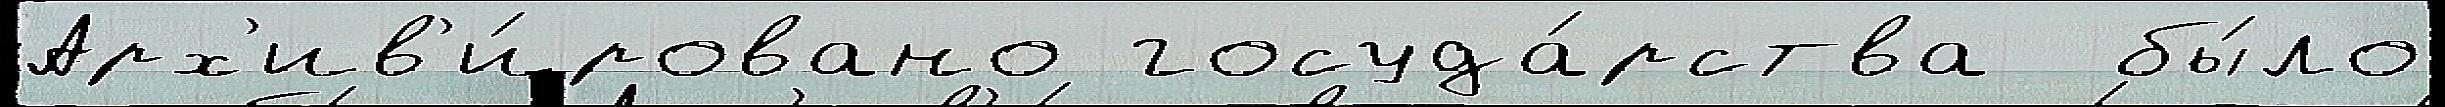
Арх'ив'и́ровано госуда́рства  бы́ло